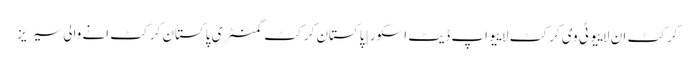
کرکٹ ان لاییو ٹی وی کرکٹ لاییو اپ ڈیٹ اسکور | پاکستان کرکٹ کمنٹری پاکستان کرکٹ انے والی سیریز